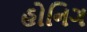
હોનિગ